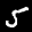
Label: 5